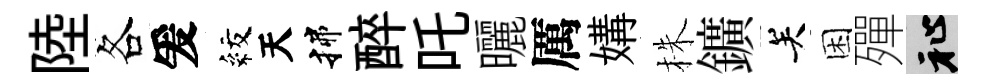
陸各爰紋天揲醉吒曬厲媾株鑛关困殫祉